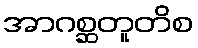
အာဂစ္ဆတူတိစ